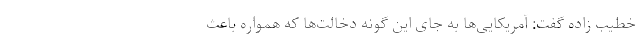
خطیب ‌زاده گفت: آمریکایی‌ها به جای این گونه دخالت‌ها که همواره باعث